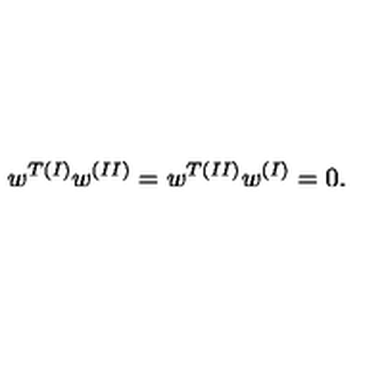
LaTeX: w ^ { T ( I ) } w ^ { ( I I ) } = w ^ { T ( I I ) } w ^ { ( I ) } = 0 .